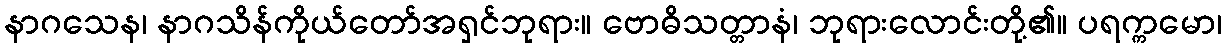
နာဂသေန၊ နာဂသိန်ကိုယ်တော်အရှင်ဘုရား။ ဗောဓိသတ္တာနံ၊ ဘုရားလောင်းတို့၏။ ပရက္ကမော၊